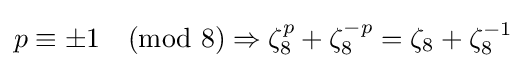
{\textstyle p\equiv \pm 1{\pmod {8}}\Rightarrow \zeta _{8}^{p}+\zeta _{8}^{-p}=\zeta _{8}+\zeta _{8}^{-1}}